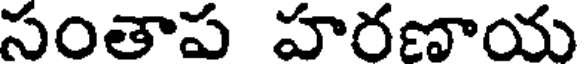
సంతాప హరణాయ